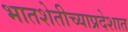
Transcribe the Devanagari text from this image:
भातशेतीच्याप्रदेशात